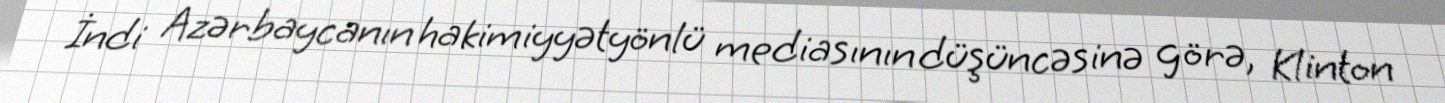
İndi Azərbaycanın hakimiyyətyönlü mediasının düşüncəsinə görə, Klinton